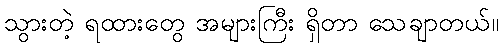
သွားတဲ့ ရထားတွေ အများကြီး ရှိတာ သေချာတယ်။